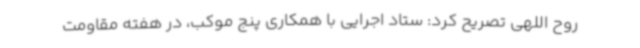
روح اللهی تصریح کرد: ستاد اجرایی با همکاری پنج موکب، در هفته مقاومت